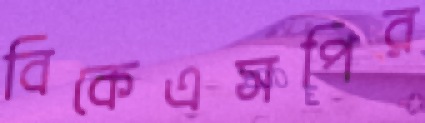
বিকেএসপির